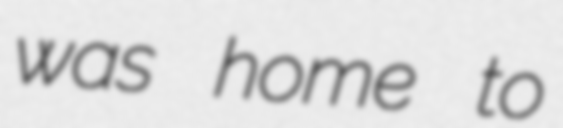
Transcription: was home to